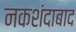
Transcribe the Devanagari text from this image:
नकशंदाबाद